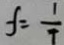
f = \frac { 1 } { T }